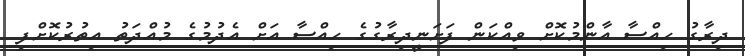
ދިރާގު ހިއްސާ އާންމުކޮށް ވިއްކަން ފަށަނީދިރާގުގެ ހިއްސާ އަށް އެދުމުގެ މުއްދަތު އިތުރުކޮށްފި